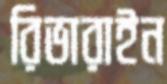
রিভারাইন